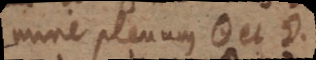
mine plenum ☉ et ☽.